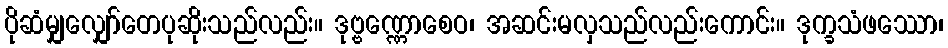
ပိုဆံမျှလျှော်တေပုဆိုးသည်လည်း။ ဒုဗ္ဗဏ္ဏောစေဝ၊ အဆင်းမလှသည်လည်းကောင်း။ ဒုက္ခသံဖဿော၊